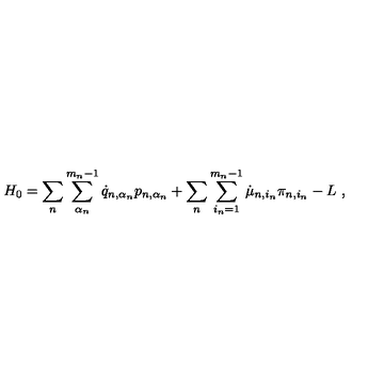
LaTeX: H _ { 0 } = \sum _ { n } \sum _ { \alpha _ { n } } ^ { m _ { n } - 1 } \dot { q } _ { n , \alpha _ { n } } p _ { n , \alpha _ { n } } + \sum _ { n } \sum _ { i _ { n } = 1 } ^ { m _ { n } - 1 } \dot { \mu } _ { n , i _ { n } } \pi _ { n , i _ { n } } - L \ ,